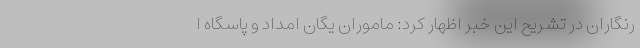
رنگاران در تشریح این خبر اظهار کرد: ماموران یگان امداد و پاسگاه ا